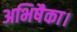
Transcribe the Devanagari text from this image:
अभिषैका।